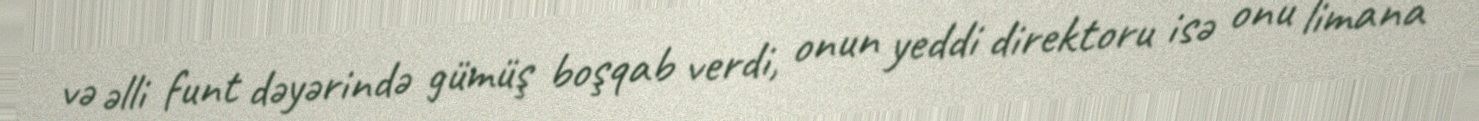
və əlli funt dəyərində gümüş boşqab verdi, onun yeddi direktoru isə onu limana